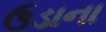
ઉડાના